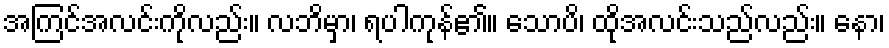
အကြင်အလင်းကိုလည်း။ လဘိမှာ၊ ရပါကုန်၏။ သောပိ၊ ထိုအလင်းသည်လည်း။ နော၊